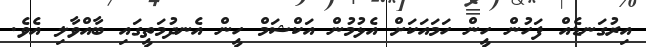
އިރުގަނޑެއް ފަހުން ހީން ހަމައަކަށް އެޅުމުން އަކްޝަމް ހީން އެނދުމަތީގައި ބާއްްވާލި އެވެ.